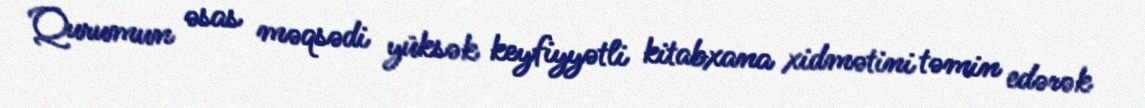
Qurumun əsas məqsədi yüksək keyfiyyətli kitabxana xidmətini təmin edərək